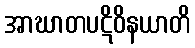
အာဃာတပဋိဝိနယာတိ